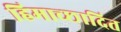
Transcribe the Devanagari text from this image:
हिमाच्‍छादित